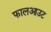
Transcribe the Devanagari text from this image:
फालआउट